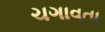
ચગાવતા